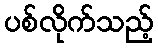
ပစ်လိုက်သည့်